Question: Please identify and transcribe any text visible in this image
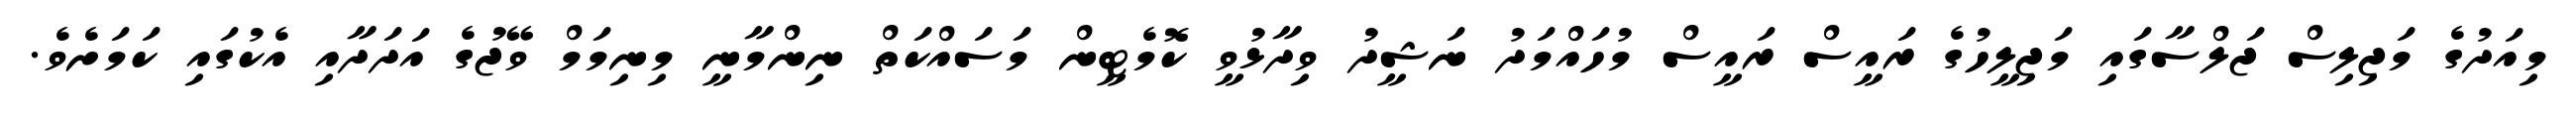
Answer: މިއަދުގެ މަޖިލިސް ޖަލްސާގައި މަޖިލީހުގެ ރައީސް ރައީސް މުހައްމަދު ނަޝީދު ވިދާޅުވީ ކޮމެޓީން މަސައްކަތް ނިންމާނީ މިނިމަމް ވޭޖުގެ އަދަދާއި އެކުގައި ކަމަށެވެ.